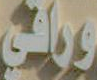
وواقي